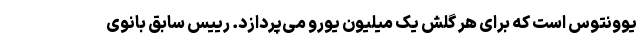
یوونتوس است که برای هر گلش یک میلیون یورو می‌پردازد. رییس سابق بانوی